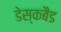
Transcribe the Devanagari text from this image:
डेस्कबैंड